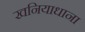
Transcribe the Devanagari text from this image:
खनियाधाना